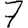
Digit: 7